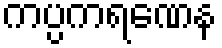
ကပ္ပကရဏေန